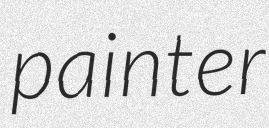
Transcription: painter